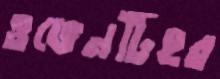
ওভেনটিহর